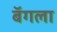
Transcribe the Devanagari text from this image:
बॅगला